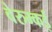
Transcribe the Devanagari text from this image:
वेरुम्कई